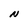
Character: N